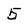
Character: 5